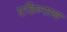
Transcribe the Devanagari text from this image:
एडिन्सन